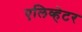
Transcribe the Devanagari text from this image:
एलिव्हेटर